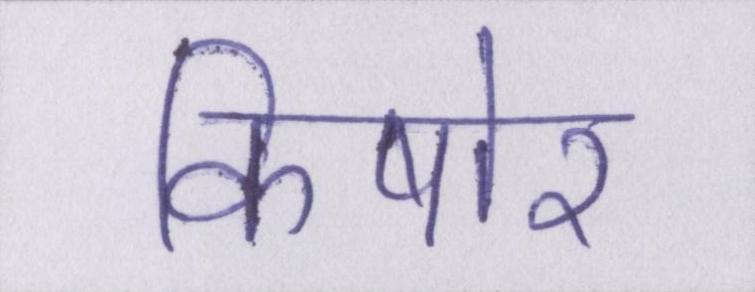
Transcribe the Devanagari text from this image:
किषोर